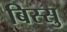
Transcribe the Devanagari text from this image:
बिस्सु